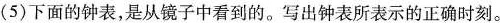
(5)下面的钟表，是从镜子中看到的。写出钟表所表示的正确时刻。